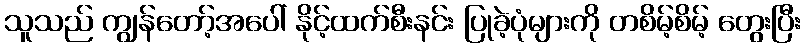
သူသည် ကျွန်တော့်အပေါ် နိုင့်ထက်စီးနင်း ပြုခဲ့ပုံများကို တစိမ့်စိမ့် တွေးပြီး